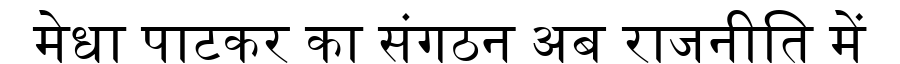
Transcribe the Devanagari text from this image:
मेधा पाटकर का संगठन अब राजनीति में